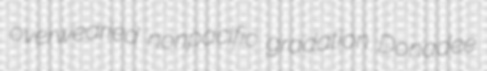
overwearied nonpacific gradation Donadee